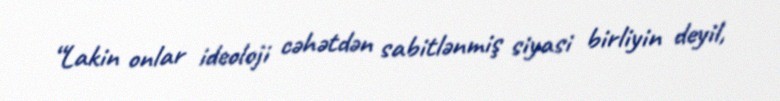
“Lakin onlar ideoloji cəhətdən sabitlənmiş siyasi birliyin deyil,